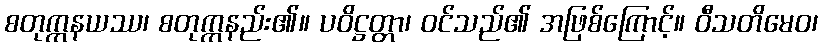
စတုက္ကနယဿ၊ စတုက္ကနည်း၏။ ပဝိဋ္ဌတ္တာ၊ ဝင်သည်၏ အဖြစ်ကြောင့်။ ဝီသတိမေဝ၊